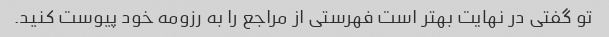
تو گفتی در نهایت بهتر است فهرستی از مراجع را به رزومه خود پیوست کنید.